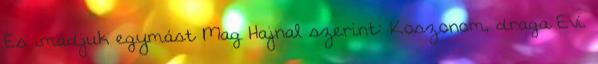
És imádjuk egymást Mag Hajnal szerint: Koszonom, draga Evi.